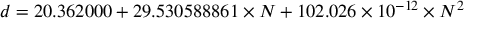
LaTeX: d = 2 0 . 3 6 2 0 0 0 + 2 9 . 5 3 0 5 8 8 8 6 1 \times N + 1 0 2 . 0 2 6 \times 1 0 ^ { - 1 2 } \times N ^ { 2 }